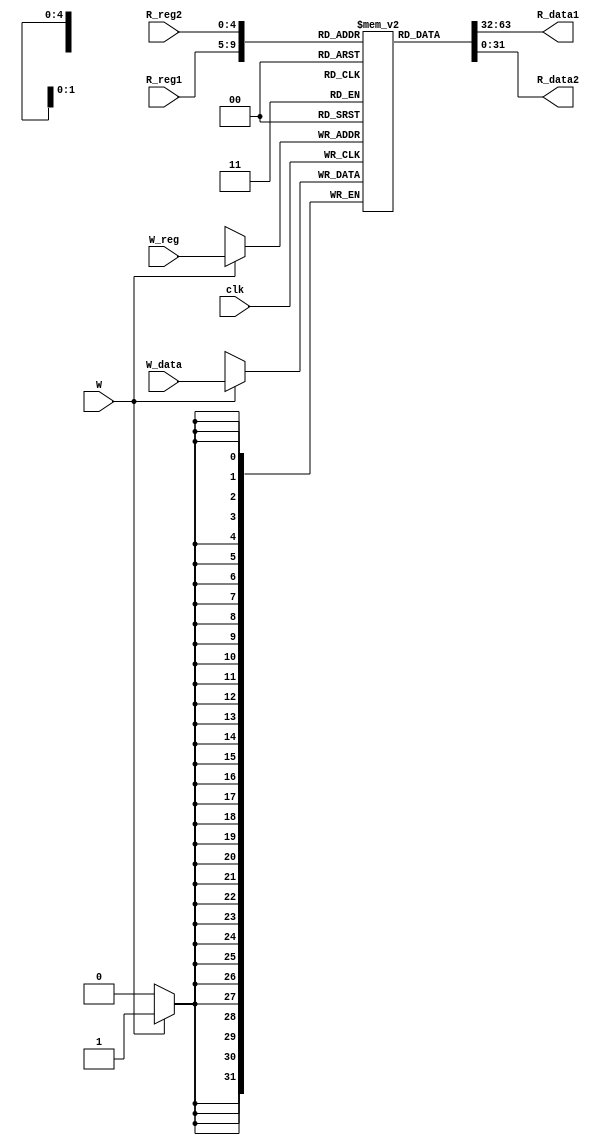
`timescale 1ns / 1ps
//////////////////////////////////////////////////////////////////////////////////
// Company: 
// Engineer: 
// 
// Design Name: 
// Module Name: RegFile
// Project Name: 
// Target Devices: 
// Tool Versions: 
// Description: 
// 
// Dependencies: 
// 
// Revision:
// Revision 0.01 - File Created
// Additional Comments:
// 
//////////////////////////////////////////////////////////////////////////////////


module RegFile(clk,W_data,R_reg1,R_reg2,W_reg,W,R_data1,R_data2);
    input clk;//
    input [31:0]W_data;//
    input [4:0]R_reg1;//1
    input [4:0]R_reg2;//2
    input [4:0]W_reg;//
    input W;//
    output [31:0]R_data1;//1
    output [31:0]R_data2;//2
    reg[31:0] mem [31:0];
    assign R_data1=mem[R_reg1];
    assign R_data2=mem[R_reg2];
    initial begin
        mem[0]=0;
        mem[3]=1;
    end
    always@(posedge clk)
    begin
        if(W)
            begin
                mem[W_reg]<=W_data;
            end
    end
endmodule